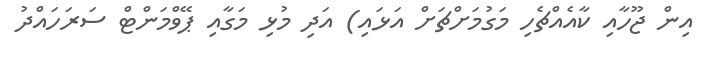
އިން ޖޫހާއި ކާއެއްޗެހި މަގުމަށްޗަށް އަޅައި) އަދި މުޅި މަގާއި ޕޭވްމަންޓް ސަރަހައްދު